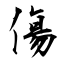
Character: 傷